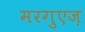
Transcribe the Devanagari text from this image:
मरगुएज़